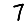
Digit: 7